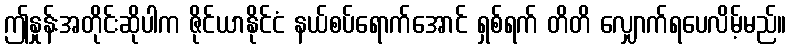
ဤနှုန်းအတိုင်းဆိုပါက ဇိုင်ယာနိုင်ငံ နယ်စပ်ရောက်အောင် ရှစ်ရက် တိတိ လျှောက်ရပေလိမ့်မည်။